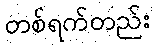
တစ်ရက်တည်း